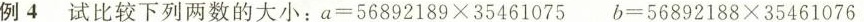
例4 试比较下列两数的大小：a=56892189×35461075